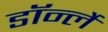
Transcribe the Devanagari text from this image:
डॉर्न्ले